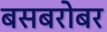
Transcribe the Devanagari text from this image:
बसबरोबर